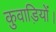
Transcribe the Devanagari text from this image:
कुवाड़ियों।